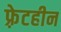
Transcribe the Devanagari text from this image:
फ़्रेटहीन